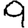
Digit: 9